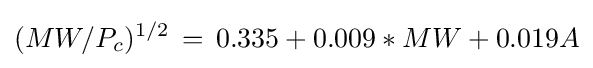
(MW/P_{c})^{1/2}\,=\,0.335+0.009*MW+0.019A